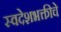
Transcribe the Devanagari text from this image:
स्वदेशभक्तीचे